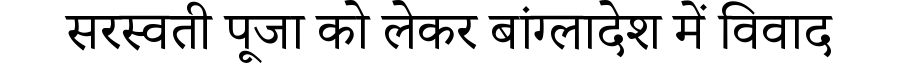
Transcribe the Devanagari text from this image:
सरस्वती पूजा को लेकर बांग्लादेश में विवाद